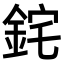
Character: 䤩